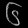
Digit: ၆